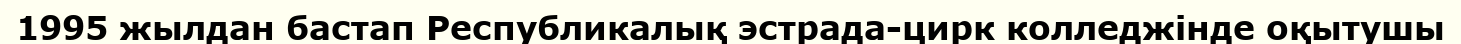
1995 жылдан бастап Республикалық эстрада-цирк колледжінде оқытушы